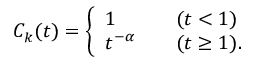
\begin{array} { r } { C _ { k } ( t ) = \left\{ \begin{array} { l l } { 1 } & { ( t < 1 ) } \\ { t ^ { - \alpha } \quad } & { ( t \geq 1 ) . } \end{array} \right. } \end{array}